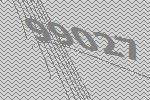
99027